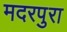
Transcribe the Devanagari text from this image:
मदरपुरा